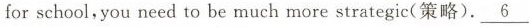
for school,you need to be much more strategic(策略). \underline{6}